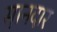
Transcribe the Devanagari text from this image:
स़ानदार